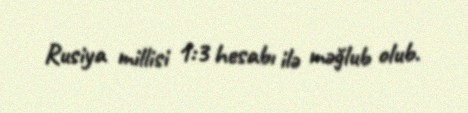
Rusiya millisi 1:3 hesabı ilə məğlub olub.